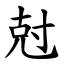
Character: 尅